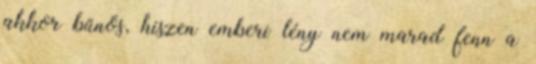
akkor bűnös, hiszen emberi lény nem marad fenn a